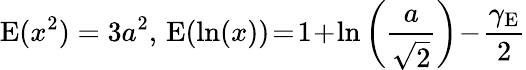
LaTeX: \operatorname{E}(x^{2})=3a^{2},\, \operatorname{E}(\ln(x))\! =\! 1\! +\! \ln\left({\frac{a}{\sqrt{2}}}\right)\! -\! {\frac{\gamma_{\mathrm{E}}}{2}}